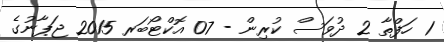
1 ހަފްތާ 2 ދުވަސް ކުރިން - 07 އޮކްޓޯބަރ 2015 ޖަޕާނުގެ